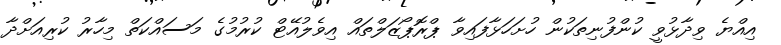
އިއްޔެ ވިދާޅުވީ ކުންފުނިތަކުން ހުށަހަޅާފައިވާ ޕްރޮޕޯޒަލްތައް އިވެލުއޭޓް ކުރުމުގެ މަސައްކަތް މިހާރު ކުރިއަށްދާ